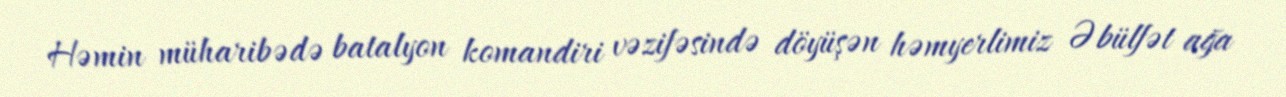
Həmin müharibədə batalyon komandiri vəzifəsində döyüşən həmyerlimiz Əbülfət ağa